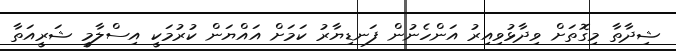
ޝިދާތާ މިގޮތަށް ވިދާޅުވިއިރު އަންހެނުން ފަނޑިޔާރު ކަމަށް އައްޔަން ކުރުމަކީ އިސްލާމީ ޝަރީއަތާ